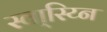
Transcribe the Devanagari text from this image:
स्वा्स्य्नि